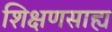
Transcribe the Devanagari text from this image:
शिक्षणसाह्य